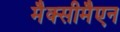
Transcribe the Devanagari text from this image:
मैक्सीमैएन